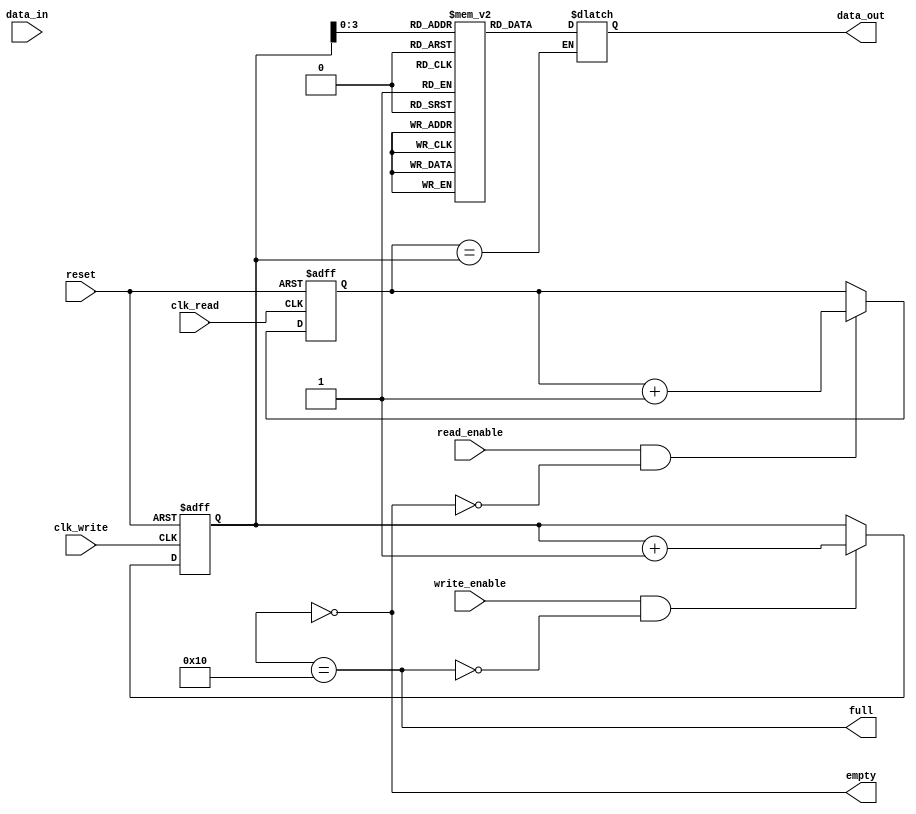
module level_sensitive_fifo (
    input wire clk_read,
    input wire clk_write,
    input wire reset,
    input wire write_enable,
    input wire [DATA_WIDTH-1:0] data_in,
    output reg [DATA_WIDTH-1:0] data_out,
    input wire read_enable,
    output wire empty,
    output reg full
);

parameter DEPTH = 16;
parameter DATA_WIDTH = 8;

reg [DATA_WIDTH-1:0] buffer [0:DEPTH-1];
reg [4:0] read_ptr;
reg [4:0] write_ptr;
reg [4:0] count;

always @(posedge clk_read or posedge reset) begin
    if (reset) begin
        read_ptr <= 5'h0;
    end else if (read_enable && ~empty) begin
        read_ptr <= read_ptr + 1;
    end
end

always @(posedge clk_write or posedge reset) begin
    if (reset) begin
        write_ptr <= 5'h0;
    end else if (write_enable && ~full) begin
        write_ptr <= write_ptr + 1;
    end
end

assign empty = (count == 0);
assign full = (count == DEPTH);

always @(*) begin
    if (read_ptr == write_ptr) begin
        data_out = buffer[write_ptr];
    end
end

endmodule